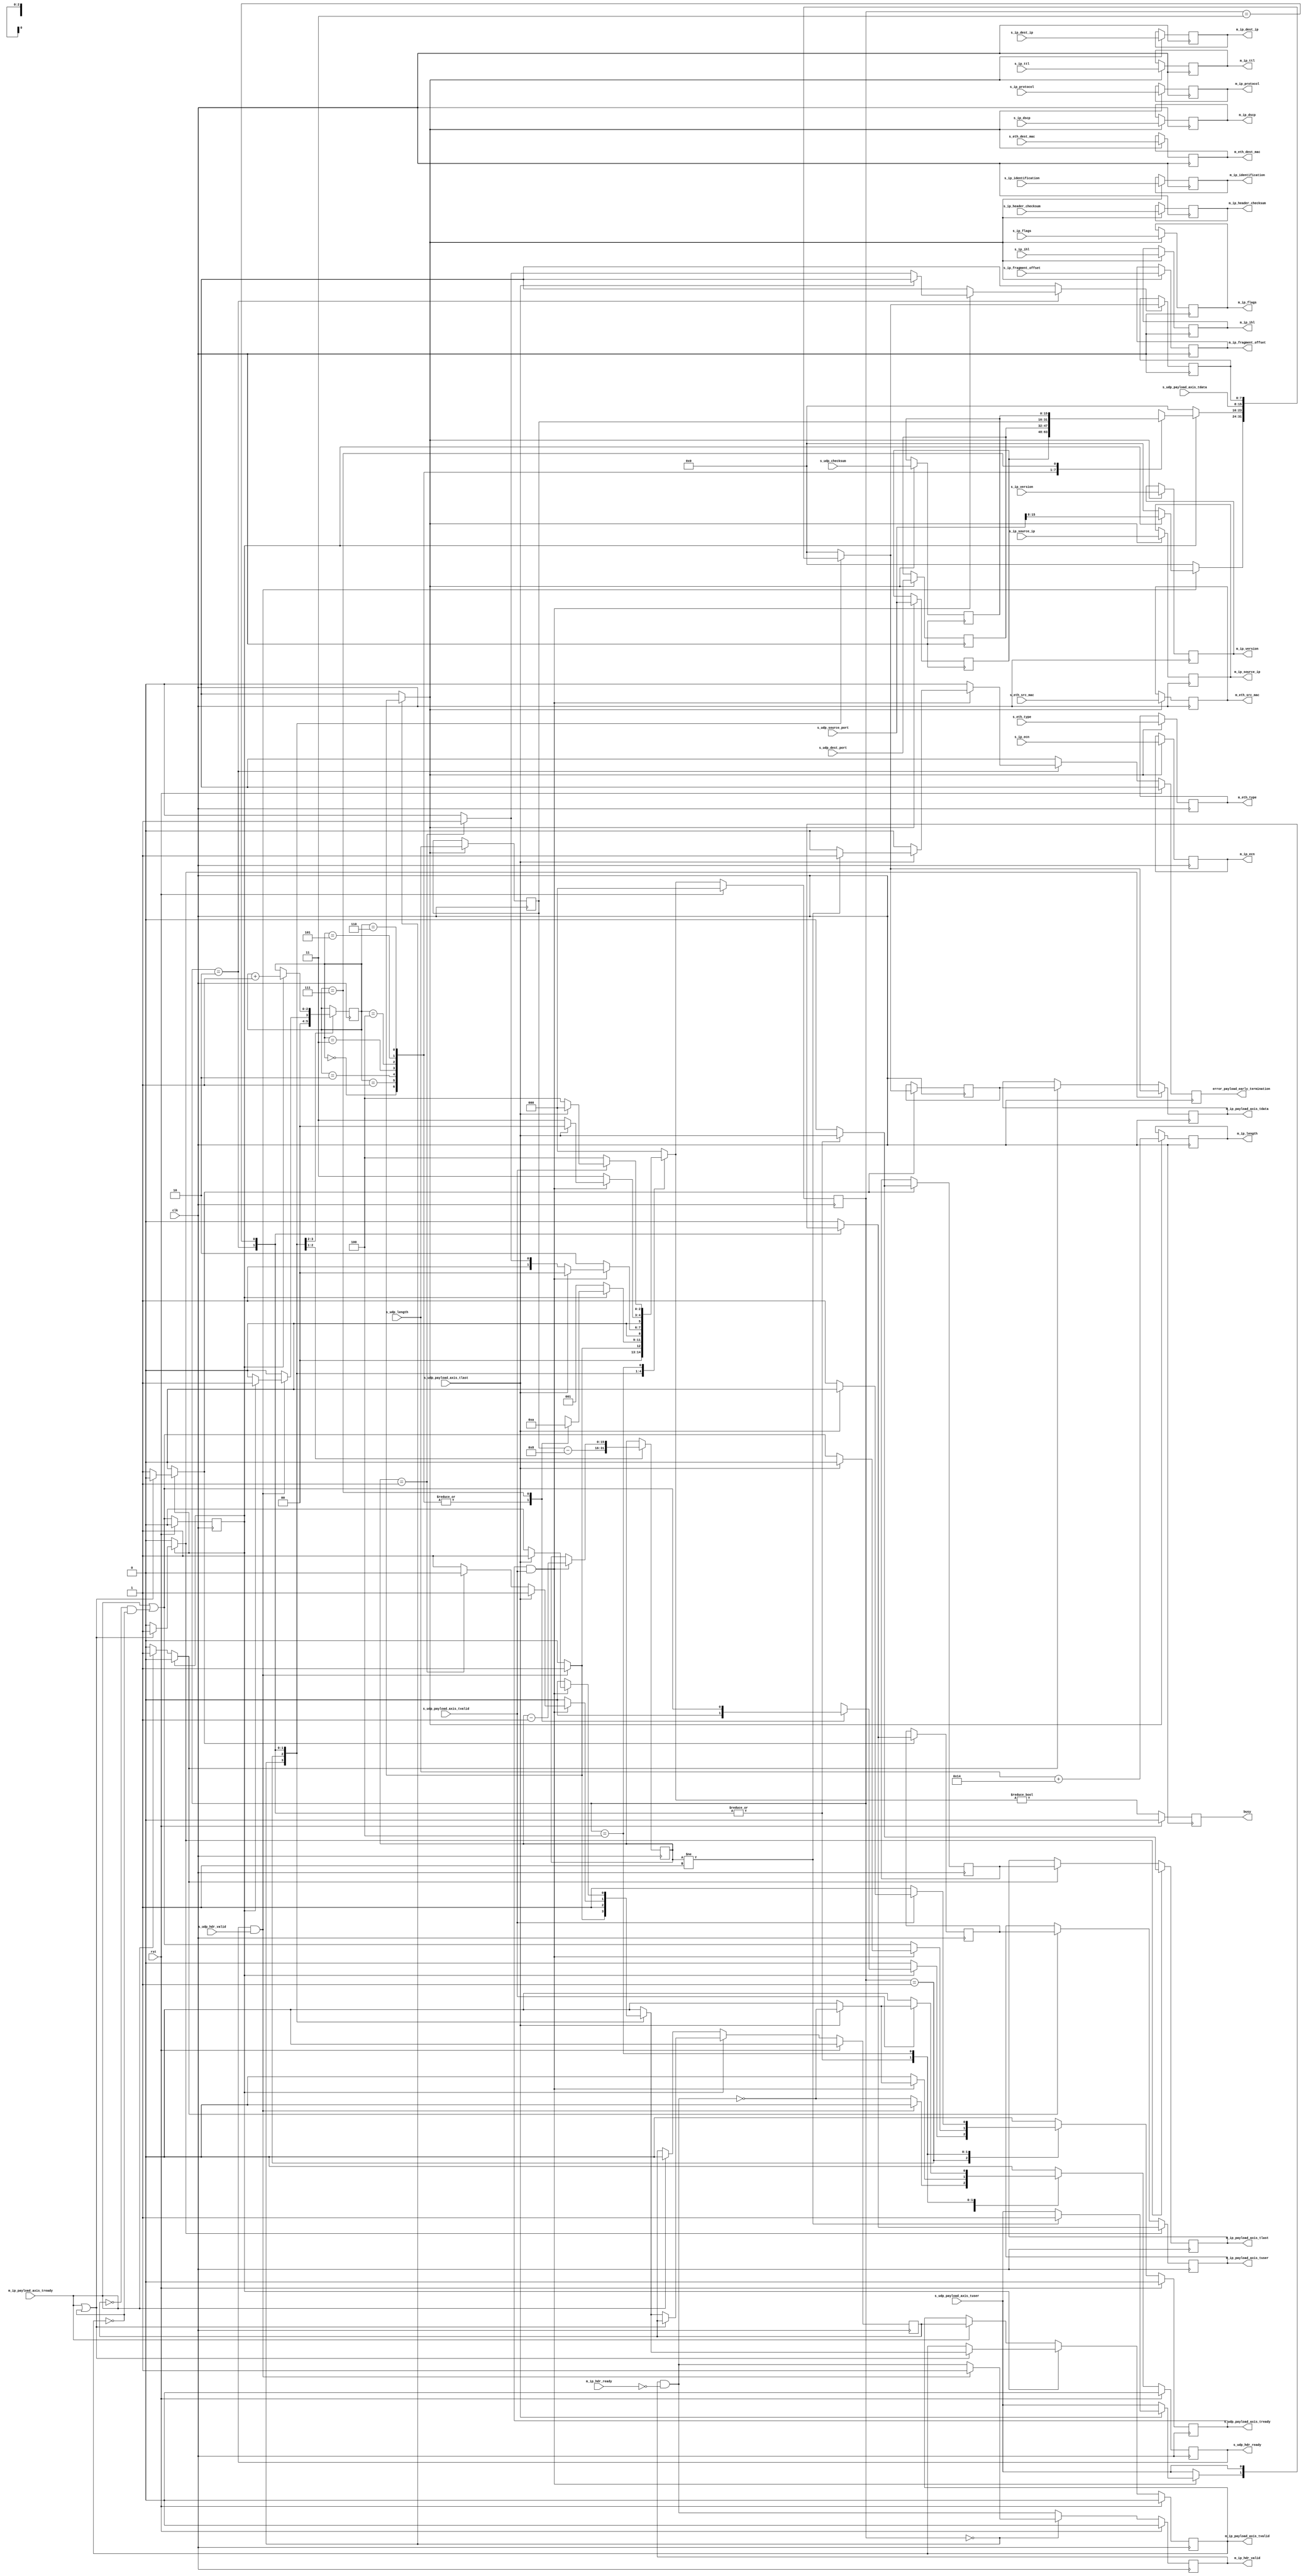
/*

Copyright (c) 2014-2018 Alex Forencich

Permission is hereby granted, free of charge, to any person obtaining a copy
of this software and associated documentation files (the "Software"), to deal
in the Software without restriction, including without limitation the rights
to use, copy, modify, merge, publish, distribute, sublicense, and/or sell
copies of the Software, and to permit persons to whom the Software is
furnished to do so, subject to the following conditions:

The above copyright notice and this permission notice shall be included in
all copies or substantial portions of the Software.

THE SOFTWARE IS PROVIDED "AS IS", WITHOUT WARRANTY OF ANY KIND, EXPRESS OR
IMPLIED, INCLUDING BUT NOT LIMITED TO THE WARRANTIES OF MERCHANTABILITY
FITNESS FOR A PARTICULAR PURPOSE AND NONINFRINGEMENT. IN NO EVENT SHALL THE
AUTHORS OR COPYRIGHT HOLDERS BE LIABLE FOR ANY CLAIM, DAMAGES OR OTHER
LIABILITY, WHETHER IN AN ACTION OF CONTRACT, TORT OR OTHERWISE, ARISING FROM,
OUT OF OR IN CONNECTION WITH THE SOFTWARE OR THE USE OR OTHER DEALINGS IN
THE SOFTWARE.

*/

// Language: Verilog 2001

`resetall
`timescale 1ns / 1ps
`default_nettype none

/*
 * UDP ethernet frame transmitter (UDP frame in, IP frame out)
 */
module udp_ip_tx
(
    input  wire        clk,
    input  wire        rst,

    /*
     * UDP frame input
     */
    input  wire        s_udp_hdr_valid,
    output wire        s_udp_hdr_ready,
    input  wire [47:0] s_eth_dest_mac,
    input  wire [47:0] s_eth_src_mac,
    input  wire [15:0] s_eth_type,
    input  wire [3:0]  s_ip_version,
    input  wire [3:0]  s_ip_ihl,
    input  wire [5:0]  s_ip_dscp,
    input  wire [1:0]  s_ip_ecn,
    input  wire [15:0] s_ip_identification,
    input  wire [2:0]  s_ip_flags,
    input  wire [12:0] s_ip_fragment_offset,
    input  wire [7:0]  s_ip_ttl,
    input  wire [7:0]  s_ip_protocol,
    input  wire [15:0] s_ip_header_checksum,
    input  wire [31:0] s_ip_source_ip,
    input  wire [31:0] s_ip_dest_ip,
    input  wire [15:0] s_udp_source_port,
    input  wire [15:0] s_udp_dest_port,
    input  wire [15:0] s_udp_length,
    input  wire [15:0] s_udp_checksum,
    input  wire [7:0]  s_udp_payload_axis_tdata,
    input  wire        s_udp_payload_axis_tvalid,
    output wire        s_udp_payload_axis_tready,
    input  wire        s_udp_payload_axis_tlast,
    input  wire        s_udp_payload_axis_tuser,

    /*
     * IP frame output
     */
    output wire        m_ip_hdr_valid,
    input  wire        m_ip_hdr_ready,
    output wire [47:0] m_eth_dest_mac,
    output wire [47:0] m_eth_src_mac,
    output wire [15:0] m_eth_type,
    output wire [3:0]  m_ip_version,
    output wire [3:0]  m_ip_ihl,
    output wire [5:0]  m_ip_dscp,
    output wire [1:0]  m_ip_ecn,
    output wire [15:0] m_ip_length,
    output wire [15:0] m_ip_identification,
    output wire [2:0]  m_ip_flags,
    output wire [12:0] m_ip_fragment_offset,
    output wire [7:0]  m_ip_ttl,
    output wire [7:0]  m_ip_protocol,
    output wire [15:0] m_ip_header_checksum,
    output wire [31:0] m_ip_source_ip,
    output wire [31:0] m_ip_dest_ip,
    output wire [7:0]  m_ip_payload_axis_tdata,
    output wire        m_ip_payload_axis_tvalid,
    input  wire        m_ip_payload_axis_tready,
    output wire        m_ip_payload_axis_tlast,
    output wire        m_ip_payload_axis_tuser,

    /*
     * Status signals
     */
    output wire        busy,
    output wire        error_payload_early_termination
);

/*

UDP Frame

 Field                       Length
 Destination MAC address     6 octets
 Source MAC address          6 octets
 Ethertype (0x0800)          2 octets
 Version (4)                 4 bits
 IHL (5-15)                  4 bits
 DSCP (0)                    6 bits
 ECN (0)                     2 bits
 length                      2 octets
 identification (0?)         2 octets
 flags (010)                 3 bits
 fragment offset (0)         13 bits
 time to live (64?)          1 octet
 protocol                    1 octet
 header checksum             2 octets
 source IP                   4 octets
 destination IP              4 octets
 options                     (IHL-5)*4 octets

 source port                 2 octets
 desination port             2 octets
 length                      2 octets
 checksum                    2 octets

 payload                     length octets

This module receives a UDP frame with header fields in parallel along with the
payload in an AXI stream, combines the header with the payload, passes through
the IP headers, and transmits the complete IP payload on an AXI interface.

*/

localparam [2:0]
    STATE_IDLE = 3'd0,
    STATE_WRITE_HEADER = 3'd1,
    STATE_WRITE_PAYLOAD = 3'd2,
    STATE_WRITE_PAYLOAD_LAST = 3'd3,
    STATE_WAIT_LAST = 3'd4;

reg [2:0] state_reg = STATE_IDLE, state_next;

// datapath control signals
reg store_udp_hdr;
reg store_last_word;

reg [2:0] hdr_ptr_reg = 3'd0, hdr_ptr_next;
reg [15:0] word_count_reg = 16'd0, word_count_next;

reg [7:0] last_word_data_reg = 8'd0;

reg [15:0] udp_source_port_reg = 16'd0;
reg [15:0] udp_dest_port_reg = 16'd0;
reg [15:0] udp_length_reg = 16'd0;
reg [15:0] udp_checksum_reg = 16'd0;

reg s_udp_hdr_ready_reg = 1'b0, s_udp_hdr_ready_next;
reg s_udp_payload_axis_tready_reg = 1'b0, s_udp_payload_axis_tready_next;

reg m_ip_hdr_valid_reg = 1'b0, m_ip_hdr_valid_next;
reg [47:0] m_eth_dest_mac_reg = 48'd0;
reg [47:0] m_eth_src_mac_reg = 48'd0;
reg [15:0] m_eth_type_reg = 16'd0;
reg [3:0] m_ip_version_reg = 4'd0;
reg [3:0] m_ip_ihl_reg = 4'd0;
reg [5:0] m_ip_dscp_reg = 6'd0;
reg [1:0] m_ip_ecn_reg = 2'd0;
reg [15:0] m_ip_length_reg = 16'd0;
reg [15:0] m_ip_identification_reg = 16'd0;
reg [2:0] m_ip_flags_reg = 3'd0;
reg [12:0] m_ip_fragment_offset_reg = 13'd0;
reg [7:0] m_ip_ttl_reg = 8'd0;
reg [7:0] m_ip_protocol_reg = 8'd0;
reg [15:0] m_ip_header_checksum_reg = 16'd0;
reg [31:0] m_ip_source_ip_reg = 32'd0;
reg [31:0] m_ip_dest_ip_reg = 32'd0;

reg busy_reg = 1'b0;
reg error_payload_early_termination_reg = 1'b0, error_payload_early_termination_next;

// internal datapath
reg [7:0] m_ip_payload_axis_tdata_int;
reg       m_ip_payload_axis_tvalid_int;
reg       m_ip_payload_axis_tready_int_reg = 1'b0;
reg       m_ip_payload_axis_tlast_int;
reg       m_ip_payload_axis_tuser_int;
wire      m_ip_payload_axis_tready_int_early;

assign s_udp_hdr_ready = s_udp_hdr_ready_reg;
assign s_udp_payload_axis_tready = s_udp_payload_axis_tready_reg;

assign m_ip_hdr_valid = m_ip_hdr_valid_reg;
assign m_eth_dest_mac = m_eth_dest_mac_reg;
assign m_eth_src_mac = m_eth_src_mac_reg;
assign m_eth_type = m_eth_type_reg;
assign m_ip_version = m_ip_version_reg;
assign m_ip_ihl = m_ip_ihl_reg;
assign m_ip_dscp = m_ip_dscp_reg;
assign m_ip_ecn = m_ip_ecn_reg;
assign m_ip_length = m_ip_length_reg;
assign m_ip_identification = m_ip_identification_reg;
assign m_ip_flags = m_ip_flags_reg;
assign m_ip_fragment_offset = m_ip_fragment_offset_reg;
assign m_ip_ttl = m_ip_ttl_reg;
assign m_ip_protocol = m_ip_protocol_reg;
assign m_ip_header_checksum = m_ip_header_checksum_reg;
assign m_ip_source_ip = m_ip_source_ip_reg;
assign m_ip_dest_ip = m_ip_dest_ip_reg;

assign busy = busy_reg;
assign error_payload_early_termination = error_payload_early_termination_reg;

always @* begin
    state_next = STATE_IDLE;

    s_udp_hdr_ready_next = 1'b0;
    s_udp_payload_axis_tready_next = 1'b0;

    store_udp_hdr = 1'b0;

    store_last_word = 1'b0;

    hdr_ptr_next = hdr_ptr_reg;
    word_count_next = word_count_reg;

    m_ip_hdr_valid_next = m_ip_hdr_valid_reg && !m_ip_hdr_ready;

    error_payload_early_termination_next = 1'b0;

    m_ip_payload_axis_tdata_int = 8'd0;
    m_ip_payload_axis_tvalid_int = 1'b0;
    m_ip_payload_axis_tlast_int = 1'b0;
    m_ip_payload_axis_tuser_int = 1'b0;

    case (state_reg)
        STATE_IDLE: begin
            // idle state - wait for data
            hdr_ptr_next = 3'd0;
            s_udp_hdr_ready_next = !m_ip_hdr_valid_next;

            if (s_udp_hdr_ready && s_udp_hdr_valid) begin
                store_udp_hdr = 1'b1;
                s_udp_hdr_ready_next = 1'b0;
                m_ip_hdr_valid_next = 1'b1;
                if (m_ip_payload_axis_tready_int_reg) begin
                    m_ip_payload_axis_tvalid_int = 1'b1;
                    m_ip_payload_axis_tdata_int = s_udp_source_port[15: 8];
                    hdr_ptr_next = 3'd1;
                end
                state_next = STATE_WRITE_HEADER;
            end else begin
                state_next = STATE_IDLE;
            end
        end
        STATE_WRITE_HEADER: begin
            // write header state
            word_count_next = udp_length_reg - 16'd8;

            if (m_ip_payload_axis_tready_int_reg) begin
                // word transfer out
                hdr_ptr_next = hdr_ptr_reg + 3'd1;
                m_ip_payload_axis_tvalid_int = 1'b1;
                state_next = STATE_WRITE_HEADER;
                case (hdr_ptr_reg)
                    3'h0: m_ip_payload_axis_tdata_int = udp_source_port_reg[15: 8];
                    3'h1: m_ip_payload_axis_tdata_int = udp_source_port_reg[ 7: 0];
                    3'h2: m_ip_payload_axis_tdata_int = udp_dest_port_reg[15: 8];
                    3'h3: m_ip_payload_axis_tdata_int = udp_dest_port_reg[ 7: 0];
                    3'h4: m_ip_payload_axis_tdata_int = udp_length_reg[15: 8];
                    3'h5: m_ip_payload_axis_tdata_int = udp_length_reg[ 7: 0];
                    3'h6: m_ip_payload_axis_tdata_int = udp_checksum_reg[15: 8];
                    3'h7: begin
                        m_ip_payload_axis_tdata_int = udp_checksum_reg[ 7: 0];
                        s_udp_payload_axis_tready_next = m_ip_payload_axis_tready_int_early;
                        state_next = STATE_WRITE_PAYLOAD;
                    end
                endcase
            end else begin
                state_next = STATE_WRITE_HEADER;
            end
        end
        STATE_WRITE_PAYLOAD: begin
            // write payload
            s_udp_payload_axis_tready_next = m_ip_payload_axis_tready_int_early;

            m_ip_payload_axis_tdata_int = s_udp_payload_axis_tdata;
            m_ip_payload_axis_tlast_int = s_udp_payload_axis_tlast;
            m_ip_payload_axis_tuser_int = s_udp_payload_axis_tuser;

            if (s_udp_payload_axis_tready && s_udp_payload_axis_tvalid) begin
                // word transfer through
                word_count_next = word_count_reg - 16'd1;
                m_ip_payload_axis_tvalid_int = 1'b1;
                if (s_udp_payload_axis_tlast) begin
                    if (word_count_reg != 16'd1) begin
                        // end of frame, but length does not match
                        m_ip_payload_axis_tuser_int = 1'b1;
                        error_payload_early_termination_next = 1'b1;
                    end
                    s_udp_hdr_ready_next = !m_ip_hdr_valid_next;
                    s_udp_payload_axis_tready_next = 1'b0;
                    state_next = STATE_IDLE;
                end else begin
                    if (word_count_reg == 16'd1) begin
                        store_last_word = 1'b1;
                        m_ip_payload_axis_tvalid_int = 1'b0;
                        state_next = STATE_WRITE_PAYLOAD_LAST;
                    end else begin
                        state_next = STATE_WRITE_PAYLOAD;
                    end
                end
            end else begin
                state_next = STATE_WRITE_PAYLOAD;
            end
        end
        STATE_WRITE_PAYLOAD_LAST: begin
            // read and discard until end of frame
            s_udp_payload_axis_tready_next = m_ip_payload_axis_tready_int_early;

            m_ip_payload_axis_tdata_int = last_word_data_reg;
            m_ip_payload_axis_tlast_int = s_udp_payload_axis_tlast;
            m_ip_payload_axis_tuser_int = s_udp_payload_axis_tuser;

            if (s_udp_payload_axis_tready && s_udp_payload_axis_tvalid) begin
                if (s_udp_payload_axis_tlast) begin
                    s_udp_hdr_ready_next = !m_ip_hdr_valid_next;
                    s_udp_payload_axis_tready_next = 1'b0;
                    m_ip_payload_axis_tvalid_int = 1'b1;
                    state_next = STATE_IDLE;
                end else begin
                    state_next = STATE_WRITE_PAYLOAD_LAST;
                end
            end else begin
                state_next = STATE_WRITE_PAYLOAD_LAST;
            end
        end
        STATE_WAIT_LAST: begin
            // wait for end of frame; read and discard
            s_udp_payload_axis_tready_next = 1'b1;

            if (s_udp_payload_axis_tvalid) begin
                if (s_udp_payload_axis_tlast) begin
                    s_udp_hdr_ready_next = !m_ip_hdr_valid_next;
                    s_udp_payload_axis_tready_next = 1'b0;
                    state_next = STATE_IDLE;
                end else begin
                    state_next = STATE_WAIT_LAST;
                end
            end else begin
                state_next = STATE_WAIT_LAST;
            end
        end
    endcase
end

always @(posedge clk) begin
    if (rst) begin
        state_reg <= STATE_IDLE;
        s_udp_hdr_ready_reg <= 1'b0;
        s_udp_payload_axis_tready_reg <= 1'b0;
        m_ip_hdr_valid_reg <= 1'b0;
        busy_reg <= 1'b0;
        error_payload_early_termination_reg <= 1'b0;
    end else begin
        state_reg <= state_next;

        s_udp_hdr_ready_reg <= s_udp_hdr_ready_next;
        s_udp_payload_axis_tready_reg <= s_udp_payload_axis_tready_next;

        m_ip_hdr_valid_reg <= m_ip_hdr_valid_next;

        busy_reg <= state_next != STATE_IDLE;

        error_payload_early_termination_reg <= error_payload_early_termination_next;
    end

    hdr_ptr_reg <= hdr_ptr_next;
    word_count_reg <= word_count_next;

    // datapath
    if (store_udp_hdr) begin
        m_eth_dest_mac_reg <= s_eth_dest_mac;
        m_eth_src_mac_reg <= s_eth_src_mac;
        m_eth_type_reg <= s_eth_type;
        m_ip_version_reg <= s_ip_version;
        m_ip_ihl_reg <= s_ip_ihl;
        m_ip_dscp_reg <= s_ip_dscp;
        m_ip_ecn_reg <= s_ip_ecn;
        m_ip_length_reg <= s_udp_length + 20;
        m_ip_identification_reg <= s_ip_identification;
        m_ip_flags_reg <= s_ip_flags;
        m_ip_fragment_offset_reg <= s_ip_fragment_offset;
        m_ip_ttl_reg <= s_ip_ttl;
        m_ip_protocol_reg <= s_ip_protocol;
        m_ip_header_checksum_reg <= s_ip_header_checksum;
        m_ip_source_ip_reg <= s_ip_source_ip;
        m_ip_dest_ip_reg <= s_ip_dest_ip;
        udp_source_port_reg <= s_udp_source_port;
        udp_dest_port_reg <= s_udp_dest_port;
        udp_length_reg <= s_udp_length;
        udp_checksum_reg <= s_udp_checksum;
    end

    if (store_last_word) begin
        last_word_data_reg <= m_ip_payload_axis_tdata_int;
    end
end

// output datapath logic
reg [7:0] m_ip_payload_axis_tdata_reg = 8'd0;
reg       m_ip_payload_axis_tvalid_reg = 1'b0, m_ip_payload_axis_tvalid_next;
reg       m_ip_payload_axis_tlast_reg = 1'b0;
reg       m_ip_payload_axis_tuser_reg = 1'b0;

reg [7:0] temp_m_ip_payload_axis_tdata_reg = 8'd0;
reg       temp_m_ip_payload_axis_tvalid_reg = 1'b0, temp_m_ip_payload_axis_tvalid_next;
reg       temp_m_ip_payload_axis_tlast_reg = 1'b0;
reg       temp_m_ip_payload_axis_tuser_reg = 1'b0;

// datapath control
reg store_ip_payload_int_to_output;
reg store_ip_payload_int_to_temp;
reg store_ip_payload_axis_temp_to_output;

assign m_ip_payload_axis_tdata = m_ip_payload_axis_tdata_reg;
assign m_ip_payload_axis_tvalid = m_ip_payload_axis_tvalid_reg;
assign m_ip_payload_axis_tlast = m_ip_payload_axis_tlast_reg;
assign m_ip_payload_axis_tuser = m_ip_payload_axis_tuser_reg;

// enable ready input next cycle if output is ready or if both output registers are empty
assign m_ip_payload_axis_tready_int_early = m_ip_payload_axis_tready || (!temp_m_ip_payload_axis_tvalid_reg && !m_ip_payload_axis_tvalid_reg);

always @* begin
    // transfer sink ready state to source
    m_ip_payload_axis_tvalid_next = m_ip_payload_axis_tvalid_reg;
    temp_m_ip_payload_axis_tvalid_next = temp_m_ip_payload_axis_tvalid_reg;

    store_ip_payload_int_to_output = 1'b0;
    store_ip_payload_int_to_temp = 1'b0;
    store_ip_payload_axis_temp_to_output = 1'b0;
    
    if (m_ip_payload_axis_tready_int_reg) begin
        // input is ready
        if (m_ip_payload_axis_tready || !m_ip_payload_axis_tvalid_reg) begin
            // output is ready or currently not valid, transfer data to output
            m_ip_payload_axis_tvalid_next = m_ip_payload_axis_tvalid_int;
            store_ip_payload_int_to_output = 1'b1;
        end else begin
            // output is not ready, store input in temp
            temp_m_ip_payload_axis_tvalid_next = m_ip_payload_axis_tvalid_int;
            store_ip_payload_int_to_temp = 1'b1;
        end
    end else if (m_ip_payload_axis_tready) begin
        // input is not ready, but output is ready
        m_ip_payload_axis_tvalid_next = temp_m_ip_payload_axis_tvalid_reg;
        temp_m_ip_payload_axis_tvalid_next = 1'b0;
        store_ip_payload_axis_temp_to_output = 1'b1;
    end
end

always @(posedge clk) begin
    m_ip_payload_axis_tvalid_reg <= m_ip_payload_axis_tvalid_next;
    m_ip_payload_axis_tready_int_reg <= m_ip_payload_axis_tready_int_early;
    temp_m_ip_payload_axis_tvalid_reg <= temp_m_ip_payload_axis_tvalid_next;

    // datapath
    if (store_ip_payload_int_to_output) begin
        m_ip_payload_axis_tdata_reg <= m_ip_payload_axis_tdata_int;
        m_ip_payload_axis_tlast_reg <= m_ip_payload_axis_tlast_int;
        m_ip_payload_axis_tuser_reg <= m_ip_payload_axis_tuser_int;
    end else if (store_ip_payload_axis_temp_to_output) begin
        m_ip_payload_axis_tdata_reg <= temp_m_ip_payload_axis_tdata_reg;
        m_ip_payload_axis_tlast_reg <= temp_m_ip_payload_axis_tlast_reg;
        m_ip_payload_axis_tuser_reg <= temp_m_ip_payload_axis_tuser_reg;
    end

    if (store_ip_payload_int_to_temp) begin
        temp_m_ip_payload_axis_tdata_reg <= m_ip_payload_axis_tdata_int;
        temp_m_ip_payload_axis_tlast_reg <= m_ip_payload_axis_tlast_int;
        temp_m_ip_payload_axis_tuser_reg <= m_ip_payload_axis_tuser_int;
    end

    if (rst) begin
        m_ip_payload_axis_tvalid_reg <= 1'b0;
        m_ip_payload_axis_tready_int_reg <= 1'b0;
        temp_m_ip_payload_axis_tvalid_reg <= 1'b0;
    end
end

endmodule

`resetall